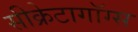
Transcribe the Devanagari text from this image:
सीक्रेटागॉग्स